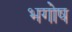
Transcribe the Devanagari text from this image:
भगोष